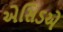
એસિડએ